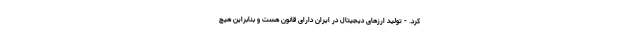
کرد. - تولید ارزهای دیجیتال در ایران دارای قانون هست و بنابراین هیچ